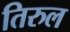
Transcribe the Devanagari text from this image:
तिरुल